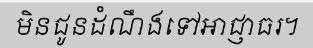
មិនជូនដំណឹងទៅអាជ្ញាធរ។